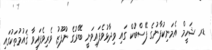
ޑރ ޝަހީމް އެމަނިކުފާނުގެ ފޭސްބުކް ގައި ވިދާޅުވެފައިވަނީ ބޭރުގެ ނުފޫޒު ވެރިވެފައިވާ ޤައުމުތަކުގައި